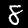
Digit: 8